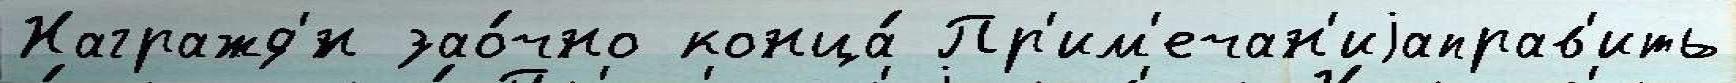
Награжд'́н зао́чно конца́ Пр'им'ечан'иjаправ'ить